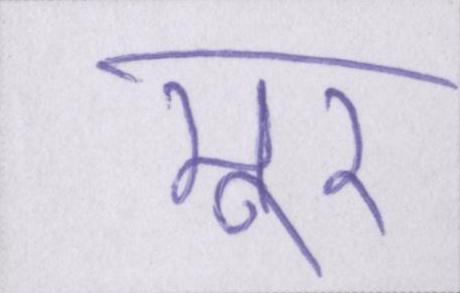
मूर